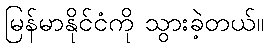
မြန်မာနိုင်ငံကို သွားခဲ့တယ်။